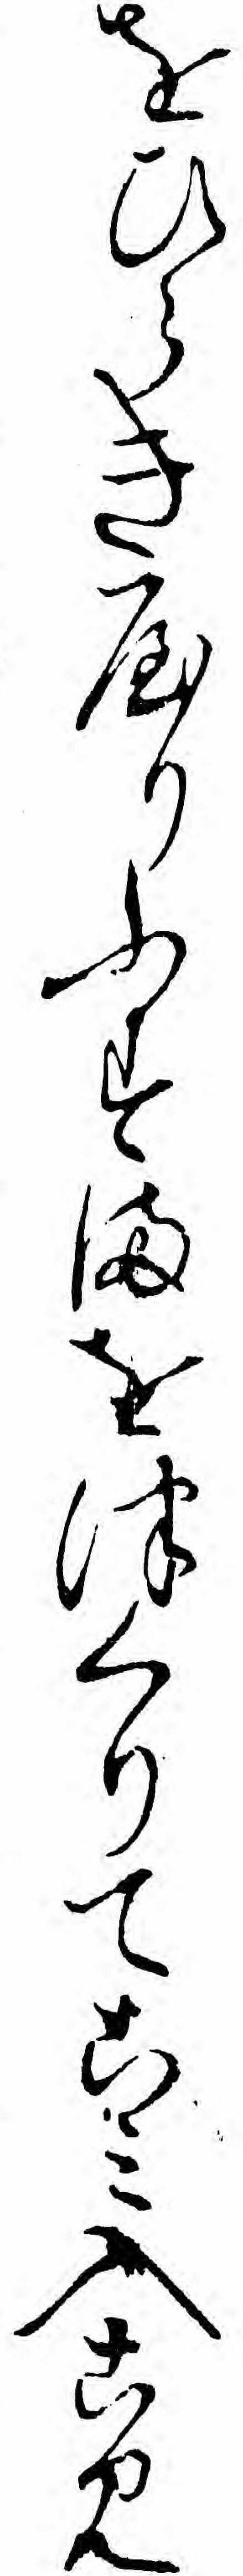
をひらきやりふすまをつくりてこミ入こみ